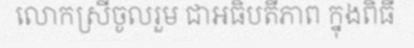
លោកស្រីចូលរួម ជាអធិបតីភាព ក្នុងពិធី